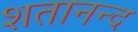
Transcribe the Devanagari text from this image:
शतानन्द